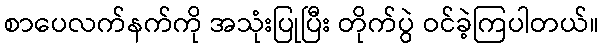
စာပေလက်နက်ကို အသုံးပြုပြီး တိုက်ပွဲ ဝင်ခဲ့ကြပါတယ်။